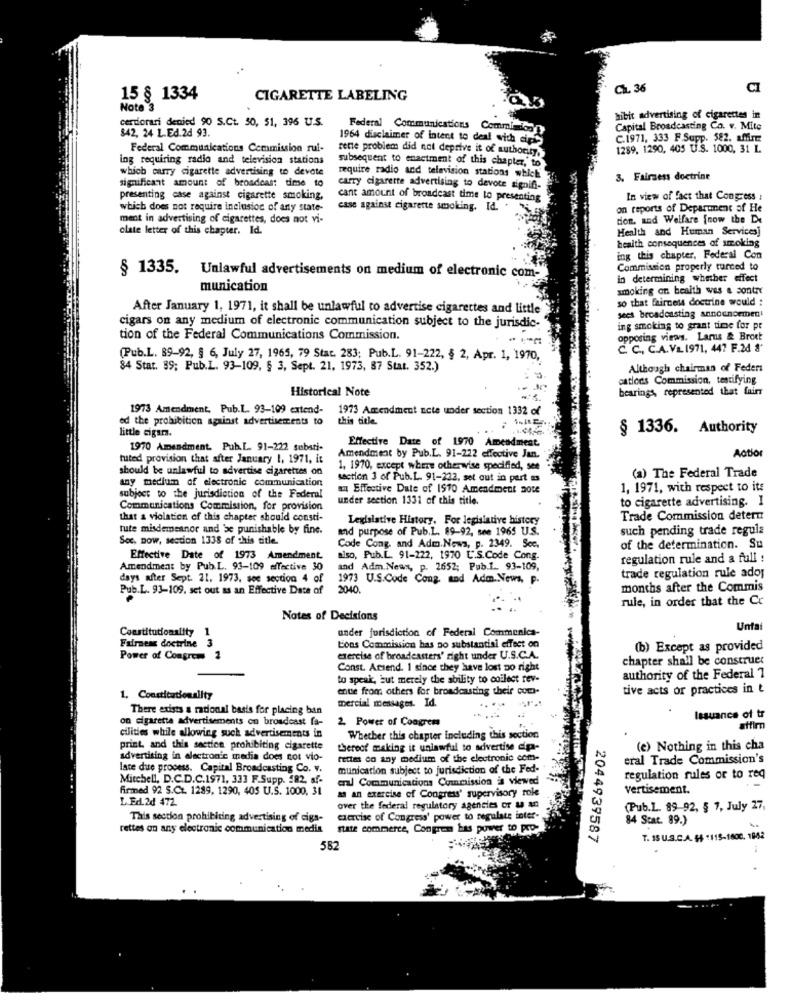
Ch. 36
CI
15 § 1334
CIGARETTE LABELING
Note 3
hibit advertising of cigarettes in
certiorari denied 90 S.Ct. 50, 51, 396 U.S.
Federal Communications Comminican
Capital Broadcasting Co. v. Mite
842, 24 L.Ed.2d 93.
1964 disclaimer of intent to deal with die's
C.1971, 333 F.Supp. 582. affirme
Federal Communications Commission rui-
rette problem did not deprive it of authority,
1289, 1290, 405 U.S. 1000, 31 L
ing requiring radio and television stations
subsequent to enactment of this chapter, to
which curry cigarette advertising to devote
significant amount of broadcas: dime to
require radio and television stations which
3. Fairness doctrine
carry cigarette advertising to devote signifi-
presenting case against cigarette smoking,
cant amount of broadcast time to presenting
In view of fact that Congress :
which does not require inclusion of any state-
case against cigarette smoking. Id.
on reports of Department of He
ment in advertising of cigarettes, does not vi-
don, and Welfare {now the De
olate letter of this chapter. Id.
Health and Human Services]
health consequences of smoking
ing this chapter. Federal Con
Commission properly turced to
§ 1335. Unlawful advertisements on medium of electronic com-
in determining whether effect
munication
smoking on health was & contre
so that fairness doctrine would :
After January 1, 1971, it shall be unlawful to advertise cigarettes and little
sees broadcasting announcement
cigars on any medium of electronic communication subject to the jurisdic-
ing smoking to grant time for pt
tion of the Federal Communications Commission.
opposing views. Lars & Brott
C. C ., C.A.VL 1971, 447 F.2d 8'
(Pub.L. 89-92, § 6, July 27, 1965, 79 Stat. 283; Pub.L. 91-222, § 2, Apr. 1, 1970,
84 Stat. 89; Pub.L. 93-109, § 3, Sept. 21, 1973, 87 Stat. 352.)
Although chairman of Feders
cations Commission, testifying
Historical Note
bearings, represented that fairr
1973 Amendment, Pub.l .. 93-109 extend-
1973 Amendment ncte under section 1332 of
ed the prohibition against advertisements to
this title.
little cigara.
§ 1336. Authority
Effective Date of 1970 Amendment
1970 Amendment. Pub.L. 91-222 sebati-
Amendment by Pub.L. 91-222 effective Jan.
Actior
tuted provision that after January 1, 1971, it
should be unlawful to advertise cigarettes on
1, 1970, except where otherwise specified, see
(a) The Federal Trade
any medium of electronic communication
section 3 of Pub.L. 91-222, set out in part as
au Effective Date of 1970 Amendment note
1, 1971, with respect to its
subject to the jurisdiction of the Federal
under section 1331 of this title.
to cigarette advertising. I
Communications Commission, for provision
that a violation of this chapter should consti-
Legislative History, For legislative history
Trade Commission determ
tute misdemeanor and be punishable by fine.
and purpose of Pub.L. 89-92, see 1965 U.S.
such pending trade regula
Soc. Dow, section 1338 of this title
Code Cong. and Adm.Nowa, p. 2349. Scc.
of the determination. Su
Effective Date of 1973 Amendment.
also, Pub.L. 91-222, 1970 C.S.Code Cong.
regulation rule and a full :
Amendment by Pub.L. 93-109 effective 30
and Adm. News, p. 2652; Pub.1. 93-109,
trade regulation rule ado;
days after Sept. 21. 1973. see section 4 of
1973 U.S.Code Cong. and Adm.News, p.
Pub.L. 93-109. set out as an Effective Date of
2040.
months after the Commis
rule, in order that the Cc
Notes of Decisions
under jurisdiction of Federal Communica-
Unta
Constitutionality 1
Fairness doctrine 3
Lons Commission has no substantial effect on
(b) Except as provided
Power of Congress 2
exercise of broadcasters' right under U.S.C.A.
chapter shall be construet
Const. Acsend. I since they have lost no right
to speak, but merely the ability to collect rev-
authority of the Federal 7
enue from others for broadcasting their coca-
tive acts or practices in t
1. Constitutionality
mercial messages. Id.
There exists a rational basis for placing ban
on cigarette advertisements on broadcast fa-
2. Power of Congress
Issuance of tr
affirm
cilities while allowing such advertisements in
Whether this chapter including this section
print, and this section prohibiting cigarette
thereof making it unlawful to advertise die-
(e) Nothing in this cha
advertising in electronic media does not vio-
rettes on any medium of the electronic com-
eral Trade Commission's
lace due process. Capital Broadcasting Co. v.
munication subject to jurisdiction of the Fed-
Mitchell, D.C.D.C.1971, 333 F.Supp. #82, sf-
eral Communications Commission is viewed
regulation rules or to req
Firmed 92 S.Ct. 1289, 1290, 405 U.S. 1000, 31
vertisement.
L. Ed 2d 472.
as an exercise of Congress' supervisory role
over the federal regulatory agencies or u an
(Pub.L. 89 92, § 1, July 27,
This section prohibiting advertising of ciga-
exercise of Congress' power to regulate inter-
84 Stat. 89.)
rettes on any electronic communication media
state commerce, Congren has power to pro-
2044939587
T. 15 U.S.C.A. 44 +115-1600. 1842
582